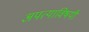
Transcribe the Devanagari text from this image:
अपत्याविषयी